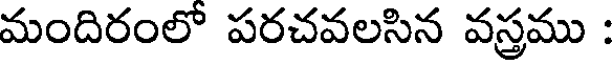
మందిరంలో పరచవలసిన వస్త్రము :